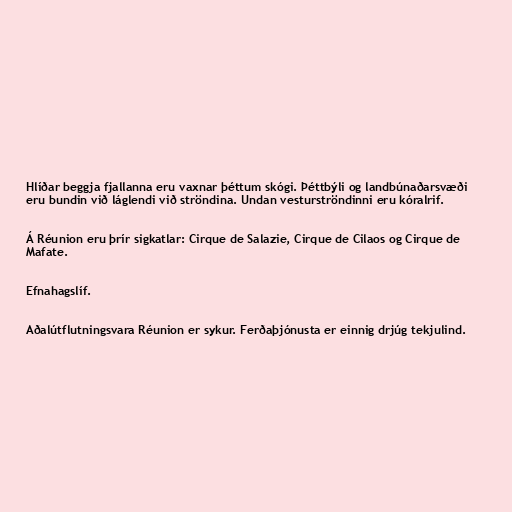
Hlíðar beggja fjallanna eru vaxnar þéttum skógi. Þéttbýli og landbúnaðarsvæði
eru bundin við láglendi við ströndina. Undan vesturströndinni eru kóralrif.

Á Réunion eru þrír sigkatlar: Cirque de Salazie, Cirque de Cilaos og Cirque de
Mafate.

Efnahagslíf.

Aðalútflutningsvara Réunion er sykur. Ferðaþjónusta er einnig drjúg tekjulind.